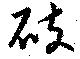
砆